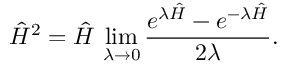
\hat { H } ^ { 2 } = \hat { H } \, \operatorname* { l i m } _ { \lambda \rightarrow 0 } \frac { e ^ { \lambda \hat { H } } - e ^ { - \lambda \hat { H } } } { 2 \lambda } .